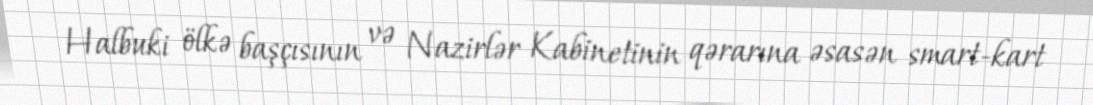
Halbuki ölkə başçısının və Nazirlər Kabinetinin qərarına əsasən smart-kart